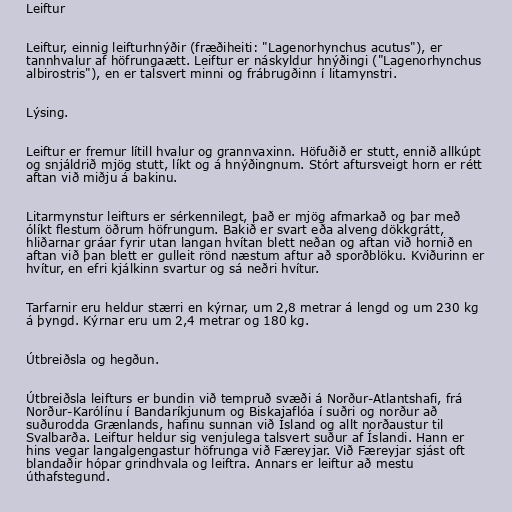
Leiftur

Leiftur, einnig leifturhnýðir (fræðiheiti: "Lagenorhynchus acutus"), er
tannhvalur af höfrungaætt. Leiftur er náskyldur hnýðingi ("Lagenorhynchus
albirostris"), en er talsvert minni og frábrugðinn í litamynstri.

Lýsing.

Leiftur er fremur lítill hvalur og grannvaxinn. Höfuðið er stutt, ennið allkúpt
og snjáldrið mjög stutt, líkt og á hnýðingnum. Stórt aftursveigt horn er rétt
aftan við miðju á bakinu.

Litarmynstur leifturs er sérkennilegt, það er mjög afmarkað og þar með
ólíkt flestum öðrum höfrungum. Bakið er svart eða alveng dökkgrátt,
hliðarnar gráar fyrir utan langan hvítan blett neðan og aftan við hornið en
aftan við þan blett er gulleit rönd næstum aftur að sporðblöku. Kviðurinn er
hvítur, en efri kjálkinn svartur og sá neðri hvítur.

Tarfarnir eru heldur stærri en kýrnar, um 2,8 metrar á lengd og um 230 kg
á þyngd. Kýrnar eru um 2,4 metrar og 180 kg.

Útbreiðsla og hegðun.

Útbreiðsla leifturs er bundin við tempruð svæði á Norður-Atlantshafi, frá
Norður-Karólínu í Bandaríkjunum og Biskajaflóa í suðri og norður að
suðurodda Grænlands, hafinu sunnan við Ísland og allt norðaustur til
Svalbarða. Leiftur heldur sig venjulega talsvert suður af Íslandi. Hann er
hins vegar langalgengastur höfrunga við Færeyjar. Við Færeyjar sjást oft
blandaðir hópar grindhvala og leiftra. Annars er leiftur að mestu
úthafstegund.